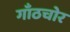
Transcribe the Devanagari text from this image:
गाँठचोर